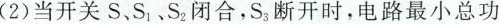
(2)当开关S、S_{1}、S_{2}闭合，S_{3}断开时，电路最小总功